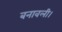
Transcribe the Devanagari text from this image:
बनावली।